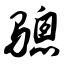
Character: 骢